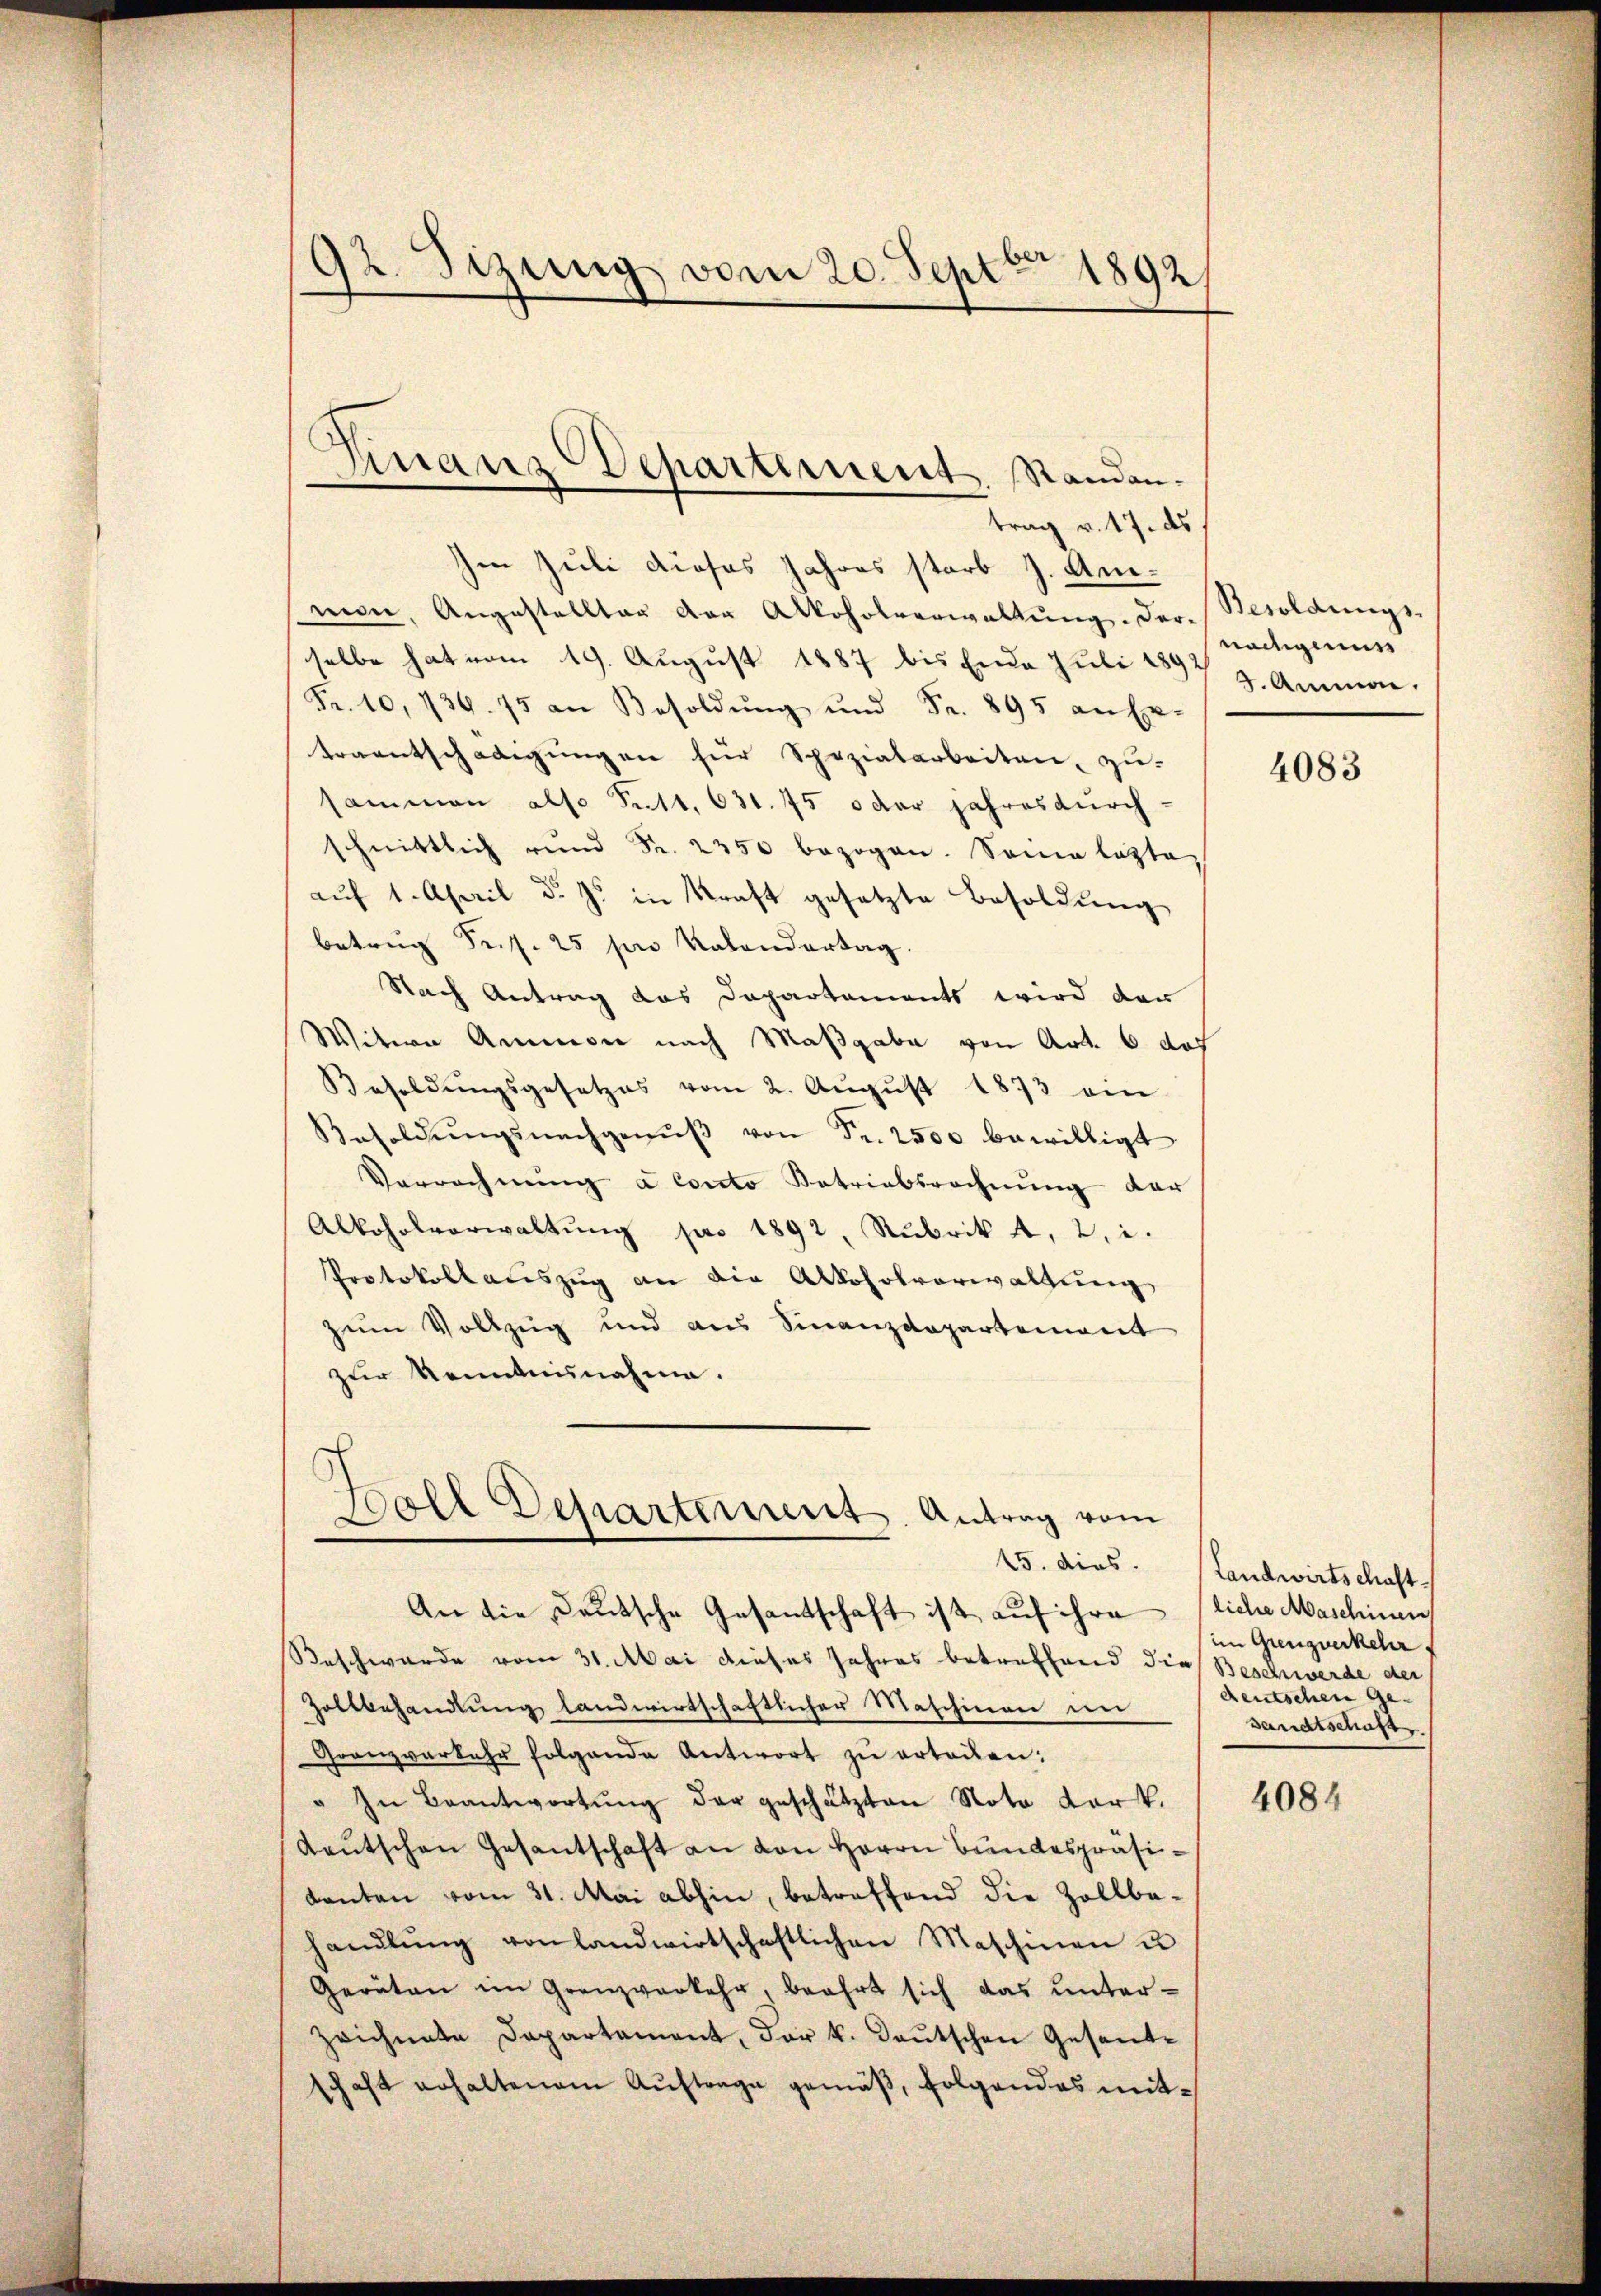
92. Sizung vom 20. Sept. 1892

trag v. 17. ds
Im Juli dieses Jahres starb J. Anmon, Angestellter vor Alkoholverwaltung. Der Besoldungs-
selbe hat vom 19. August 1887 bis Ende Juli 1897 z. Ammann.
Fr. 10, 736. 75 an Besoldŭng ŭnd Fr. 895 an Er-
traentschädigungen für Spezialarbeiten, zu-
sammen also Fett, 631. 75 oder jahres durch-
schnittlich rŭnd Fr. 2250 bezogen. Sonne letzte
aŭf 1. April d. Js. in Kraft gesetzte Besoldung
betrug Sr. 25 pro Kalendertag.
Nach Antrag das Departements wird dan
Witern Ammon nach Maßgabe von Art. 6 des
Besoldŭngsgesetzes vom 2. Aŭgŭst 1873 ein
Besoldŭngsnachgenŭβ von Fr. 2500 bewilligt
Vorrechnung a conto Betriebsrechnung der
Alkoholverwaltŭng pro 1892, Rubrik A, 2, i.
Protokollauszug an die Alkoholverwaltung
zum Vollzug und aus Finanzdepartement
zur Kenntnisnahme.
Boll Departement. Antrag vom
An die Deutsche Gesantschaft ist auf ihre liche Maschinen
Beschwerde vom 31. Mai dieses Jahres betreffend die Beschwerde der
Zollbehandlung landwirtschaftlicher Maschinen in
Granzverkehr folgende Antwort zŭ erteilen:
" In Beantwortŭng der geschätzten Nota Kark.
Laŭtschen Gesantschaft an den Herrn Bundespräsidanten vom 31. Mai abhin, betreffend die Zollbahandlŭng von landwirtschaftlichen Maschinen u
Geräten im Grenzverkehr, beehrt sich das unterzeichnete Departament, der k. Deutschen Gesandschaft erhaltenem Auftrage gemäß, folgendes mit¬

Finanz Departement. Standan¬

nädigens

4083

15. dies. Landwirtschaft
im Grenzverkehr,
deutschen Ge-
sandtschaft

4084